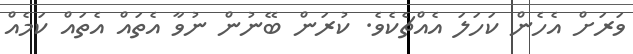
ވަރަށް އެހެން ކަހަލަ އެއްޗެކެވެ. ކުރަން ބޭނުން ނުވާ އެތައް އެތައް ކަމެއް